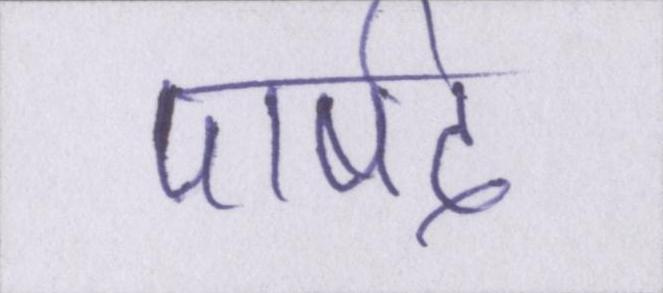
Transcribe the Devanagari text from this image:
पार्षद